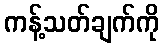
ကန့်သတ်ချက်ကို